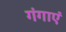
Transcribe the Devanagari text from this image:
गंगाएं